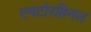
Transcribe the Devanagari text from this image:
एनटोरहिनल